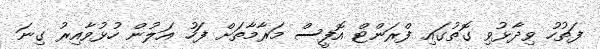
ފަތުހު ވިދާޅުވި ގޮތުގައި ފްރަންޓް އޮފީސް މަރާމާތަށް ފަހު އަލުން ހުޅުވާއިރު ގިނަ